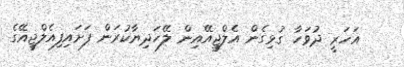
އަހަރީ ދުވަހާ ގުޅިގެން އެލްޖީއޭއިން ލޭހަދިޔާކުރަން ފަށައިފިއެލްޖީއޭގެ